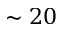
\sim 2 0